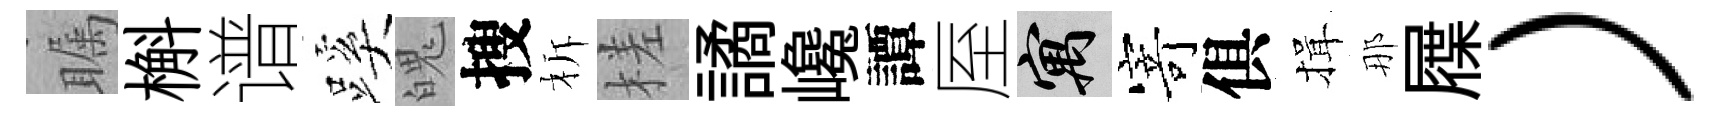
瞩槲谱蹊魄搜柝槎譎巉譚厔寓𭔃俱揖那屧）